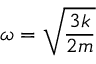
\omega = \sqrt { \frac { 3 k } { 2 m } }